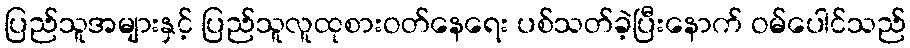
ပြည်သူအများနှင့် ပြည်သူလူထုစားဝတ်နေရေး ပစ်သတ်ခဲ့ပြီးနောက် ဝမ်ပေါင်သည်